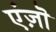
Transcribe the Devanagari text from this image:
एंज़ॊ